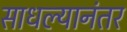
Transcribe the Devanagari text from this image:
साधल्यानंतर